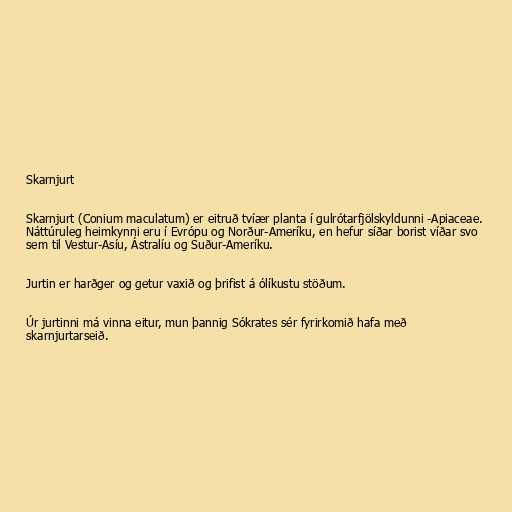
Skarnjurt

Skarnjurt (Conium maculatum) er eitruð tvíær planta í gulrótarfjölskyldunni -Apiaceae.
Náttúruleg heimkynni eru í Evrópu og Norður-Ameríku, en hefur síðar borist víðar svo
sem til Vestur-Asíu, Ástralíu og Suður-Ameríku.

Jurtin er harðger og getur vaxið og þrifist á ólíkustu stöðum.

Úr jurtinni má vinna eitur, mun þannig Sókrates sér fyrirkomið hafa með
skarnjurtarseið.